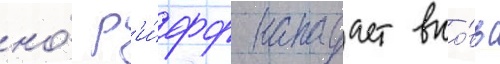
но́ р'и́фф нападает вно́вь